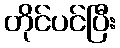
တိုင်ပင်ပြီး